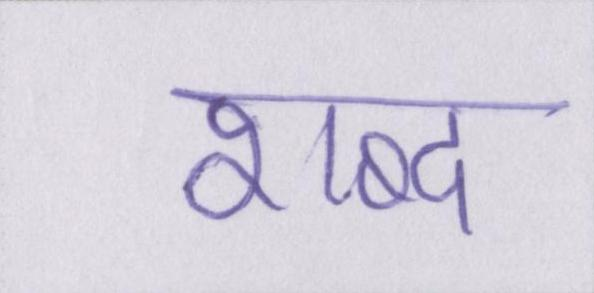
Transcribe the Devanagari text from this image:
शब्द